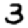
Digit: 3